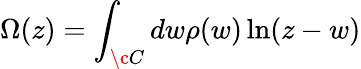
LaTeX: \Omega(z)=\int_{\c C}dw\rho(w)\ln(z-w)